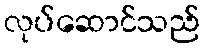
လုပ်ဆောင်သည်